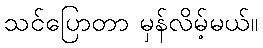
သင်ပြောတာ မှန်လိမ့်မယ်။